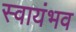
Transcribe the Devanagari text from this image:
स्वायंभव